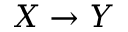
X \rightarrow Y